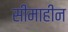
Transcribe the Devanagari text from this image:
सीमाहीन